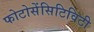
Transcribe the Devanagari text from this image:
फोटोसेंसिटिविटी